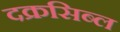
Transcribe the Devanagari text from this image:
दक्रसिब्ल